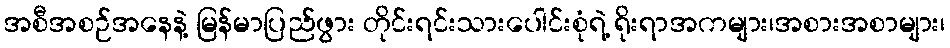
အစီအစဉ်အနေနဲ့ မြန်မာပြည်ဖွား တိုင်းရင်းသားပေါင်းစုံရဲ့ ရိုးရာအကများ၊အစားအစာများ၊